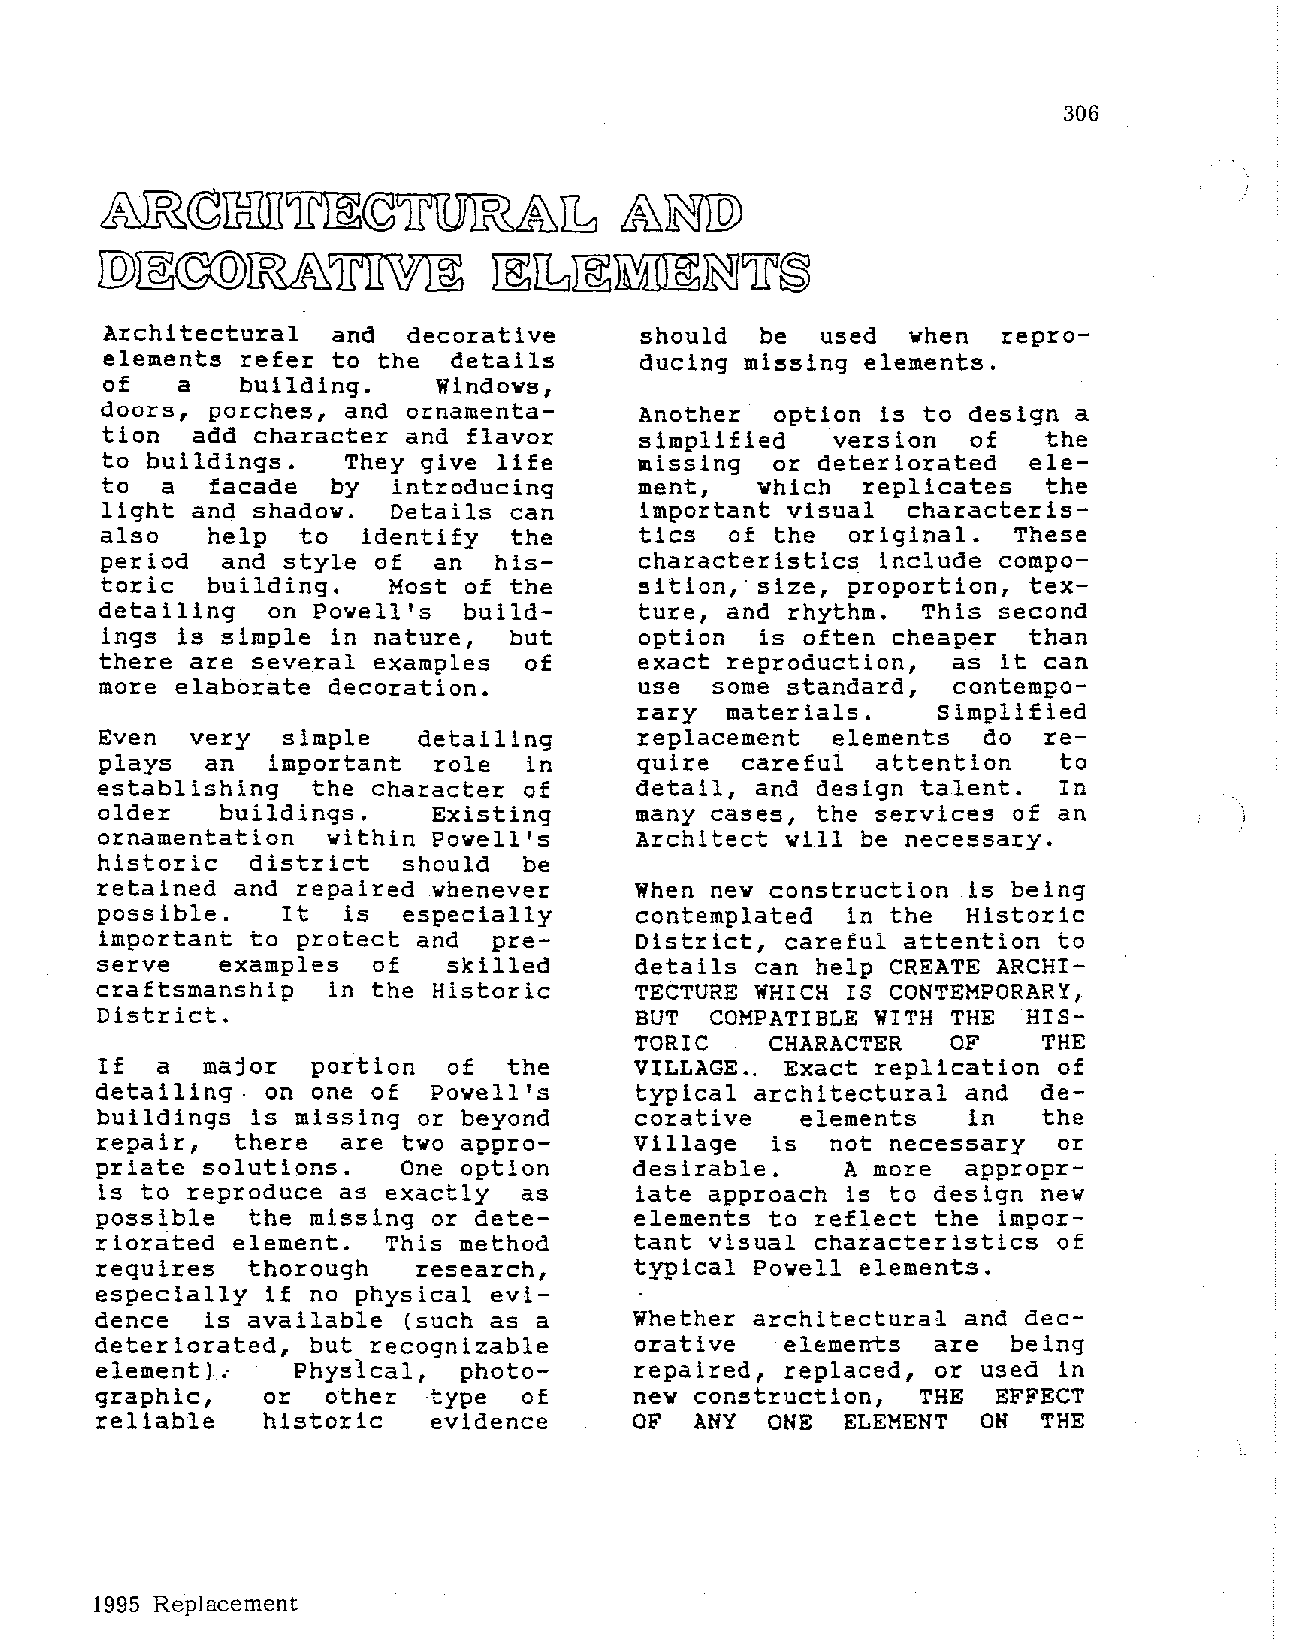
306
 ~cgllilTI~©~JL                    &~
 [Q)~©Q)~~                 ~~~~~1r~
 Architectural  and  decorative     should  be  used  when  repro
 element3 refer to the  detail3     ducing missing elements.
 of   a   building.    Windows,
 doors, porches, and ornamenta      Another  option is to design a
 tion  add character and flavor     simplified   ·version of   the
 to buildings.   They give life     missing  or deteriorated  ele
 to  a  facade  by  introducing     ment,   which  replicates  the
 light and shadow.  Details can     important visual  characteris
 also   help  to  identify  the     tics  of the  original.  These
 period  and style of  an  his      characteristics include compo
 toric  building.   Most of the     sition,· size, proportion, tex
 detailing  on Powell's  build      ture, and rhythm.  This second
 ings is simple in nature,  but     option  is often cheaper  than
 there are several examples  of     exact reproduction,  as it can
 more elaborate decoration.         use  some standard,  contempo
 rary  materials.    Simplified
 Even  very  simple   detailing     replacement  elements  do  re
 plays  an  important  role  in     quire  careful  attention   to
 establishing  the character of     detail, and design talent.  In
 older   buildings.    Existing     many cases, the services of an
 ornamentation  within Powell's     Architect will be necessary.
 historic  district  should  be
 retained and repaired whenever     When new construction is being
 possible.   It  is  especially     contemplated  in the  Historic
 important to protect and  pre      District, careful attention to
 serve   examples  of   skilled     details can help CREATE ARCHI
 craftsmanship   in the Historic     TECTURE WHICH IS CONTEMPORARY,
 District.                          BUT  COMPATIBLE WITH THE  HIS
 TORIC    CHARACTER   OF    THE
 If a   major  portion  of  the     VILLAGE.. Exact replication of
 detailing.  on one of  Powell's     typical architectural and  de
 buildings is missing or beyond     corative   elements   in   the
 repair,  there  are two appro      Village  is  not necessary  or
 priate  solutions.   One option     desirable.    A more  appropr
 is to reproduce as exactly  as     iate approach is to design new
 possible  the missing or dete      elements to reflect the impor
 riorated  element.  This method     tant visual characteristics of
 requires   thorough   research,     typical Powell elements.
 especially  if no physical evi
 dence   is available (such as a     Whether architectural and dec
 deteriorated,  but recognizable     orative   elements  are  being
 element),     Physical,  photo      repaired, replaced, or used in
 graphic,    or  other  type  of     new construction,  THE  EFFECT
 reliable    historic   evidence     OF  ANY  ONE  ELEMENT  ON  THE
 1995 Replacement